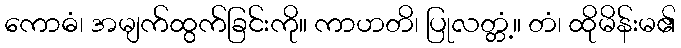
ကောဓံ၊ အမျက်ထွက်ခြင်းကို။ ကာဟတိ၊ ပြုလတ္တံ့။ တံ၊ ထိုမိန်းမ၏